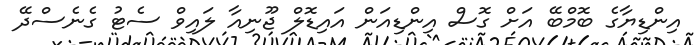
އިންޑިޔާގެ ބޮމްބޭ އަށް ގޮސް އިންޑިއަން އައިޑޮލް ޖޫނިއާ ލައިވް ސެޓު ގެނެސްދޭ